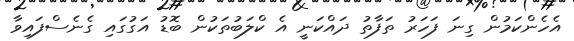
އެހެންކަމުން ގިނަ ފަހަރު ތަފާތު ދައްކަނީ އެ ކްލަބުތަކުން ބޮޑު އަގުގައި ގެނެސްފައިވާ